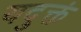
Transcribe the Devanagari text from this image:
यदुक्तं